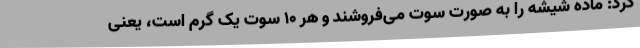
کرد: ماده شیشه را به صورت سوت می‌فروشند و هر ۱۰ سوت یک گرم است، یعنی